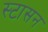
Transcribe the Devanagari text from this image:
स्टासन